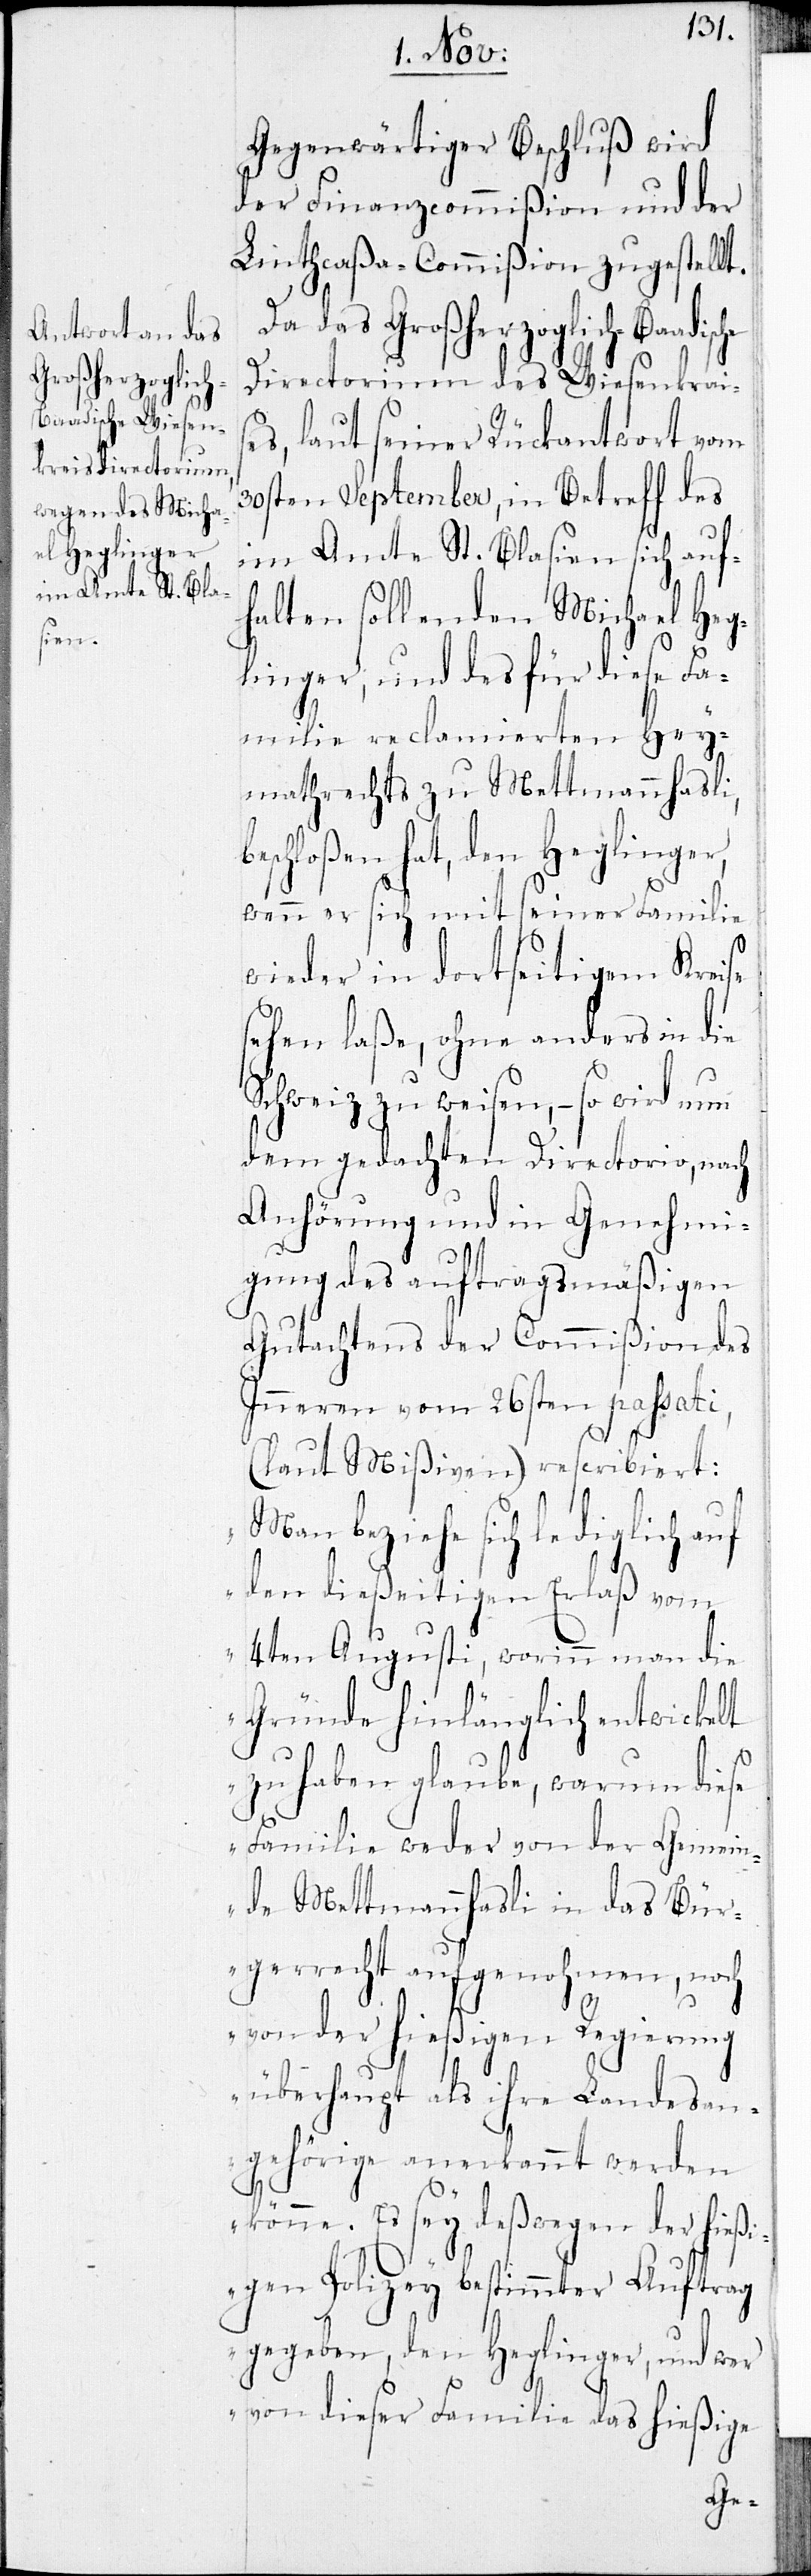
Gegenwärtiger Beschluß wird
der Finanzcommißion und der
Linthcaßa-Commißion zugestellt.
Da das Großherzoglich-Baadisc¬
Directorium des Wiesenkrais¬
es, laut seiner Rückantwort vom
30sten September, in Betreff des
im Amte St. Blasien sich auf¬
halten sollenden Michael Heg¬
linger, und des für diese Fa¬
milie reclamierten Hey¬
mathrechts zu Mettmannhasli,
schloßen hat, den Heglinger,
wenn er sich mit seiner Familie
wieder in dortseitigem Kreis
sehen laße, ohne anders in die
Schweiz zu weisen, – so wird nun
dem gedachten Directorio, nach
Anhörung und in Genehmi¬
gung des auftragsmäßigen
Gutachtens der Commißion des
Inneren vom 26sten passati
(laut Mißiven) rescribiert:
„Man beziehe sich lediglich auf
den dießeitigen Erlaß vom
4ten Augusti, worinn man die
Gründe hinlänglich entwickelt
zu haben glaube, warum diese
Familie weder von der Gemein¬
de Mettmannhasli in das Bür¬
gerrecht aufgenohmen, noch
von der hießigen Regierung
überhaupt als ihre Landesan¬
gehörige anerkannt werden
Es sey deswegen der hieß¬
igen Polizey bestimmter Auftrag
gegeben, den Heglinger, und wer
von dieser Familie das hießige
be¬